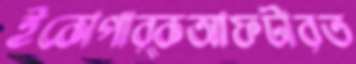
ইকোপার্কআফটারত